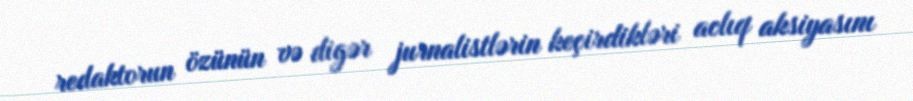
redaktorun özünün və digər jurnalistlərin keçirdikləri aclıq aksiyasını